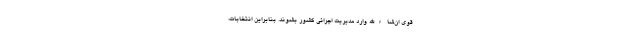
قوی ان‌شاءالله وارد مدیریّت اجرائی کشور بشوند. بنابراین انتخابات،